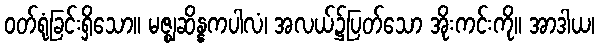
ဝတ်ရုံခြင်းရှိသော။ မဇ္ဈဆိန္နကပါလံ၊ အလယ်၌ပြတ်သော အိုးကင်းကို။ အာဒါယ၊